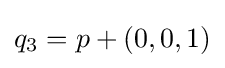
q_{3}=p+(0,0,1)